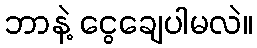
ဘာနဲ့ ငွေချေပါမလဲ။